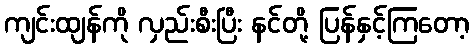
ကျင်းထျန်ကို လှည်းစီးပြီး နင်တို့ ပြန်နှင့်ကြတော့